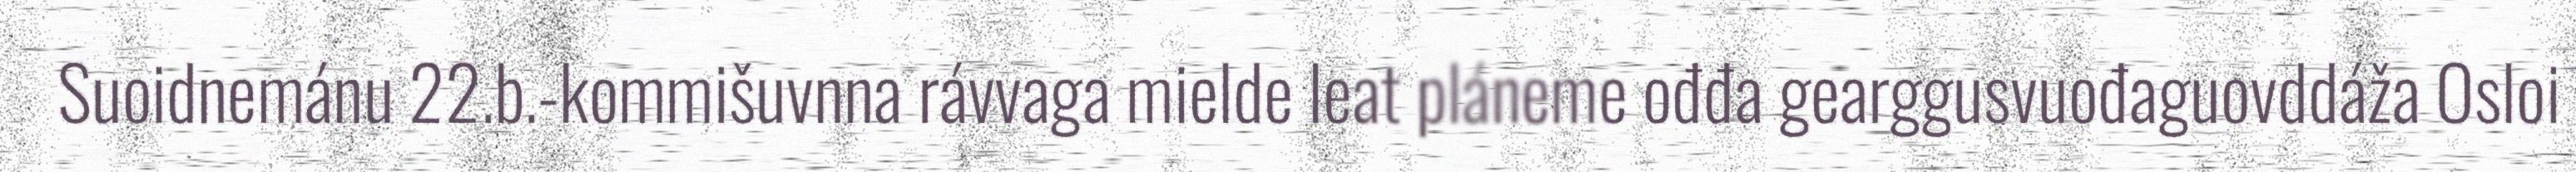
Suoidnemánu 22.b.-kommišuvnna rávvaga mielde leat pláneme ođđa gearggusvuođaguovddáža Osloi